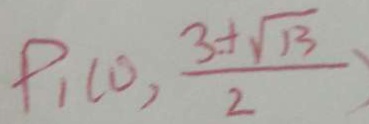
P _ { 1 } ( 0 , \frac { 3 + \sqrt { 1 3 } } { 2 } )